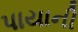
પાયાની